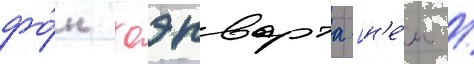
фо́н хоэнварта [н'е́м. /